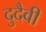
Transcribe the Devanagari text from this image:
दुदैवी